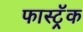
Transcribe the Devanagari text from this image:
फास्ट्रॅक